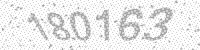
Solution: 180163